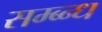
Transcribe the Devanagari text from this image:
सम्ब्न्ध